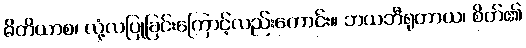
ဓိတိယာစ၊ လုံ့လပြုခြင်းကြောင့်လည်းကောင်း။ ဘယဘီရုတာယ၊ စိတ်၏